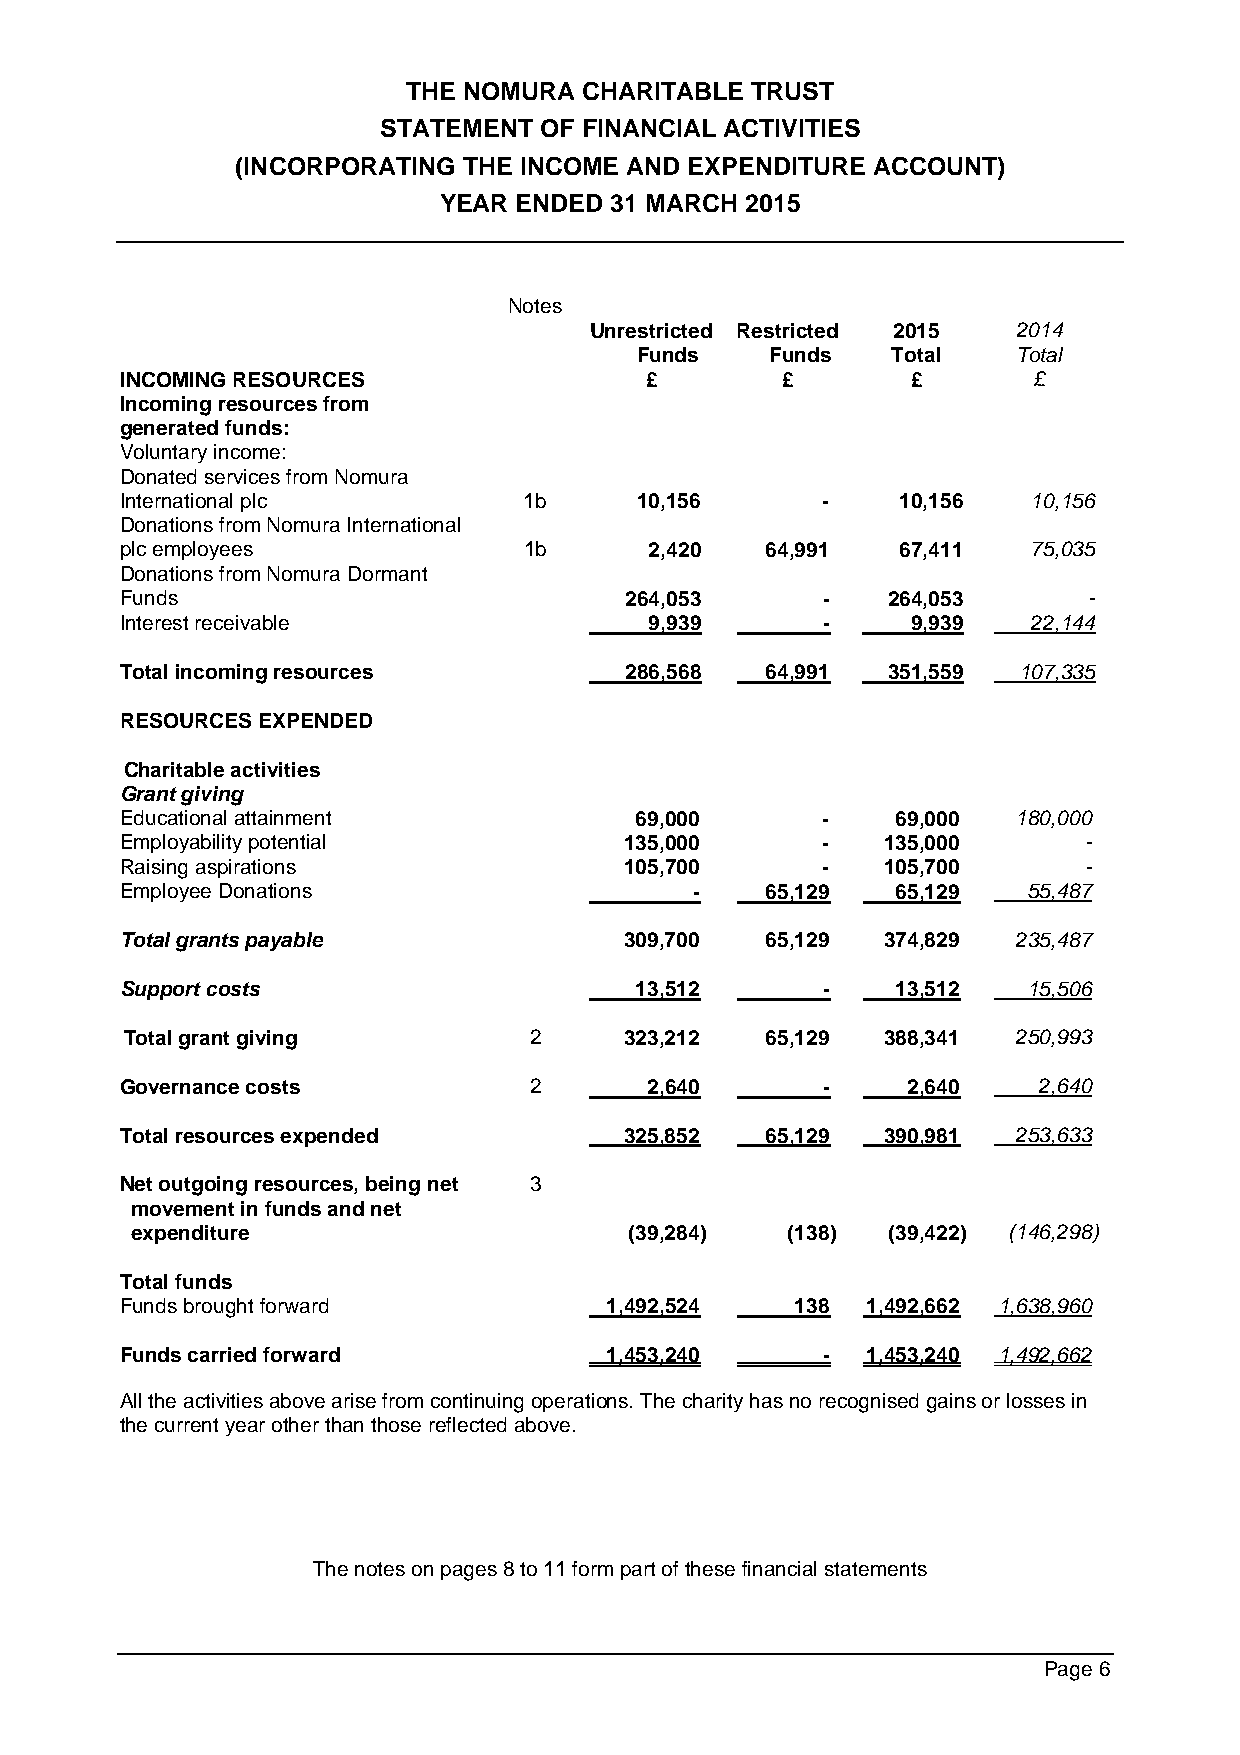
THE NOMURA  CHARITABLE TRUST
 STATEMENT  OF FINANCIAL ACTIVITIES
 (INCORPORATING THE INCOME AND EXPENDITURE ACCOUNT)
 YEAR ENDED 31 MARCH 2015
 Notes
 Unrestricted Restricted 2015 2014
 Funds    Funds   Total   Total
 INCOMING RESOURCES                 £        £       £       £
 Incoming resources from
 generated funds:
 Voluntary income:
 Donated services from Nomura
 International plc          1b     10,156      -     10,156  10,156
 Donations from Nomura International
 plc employees              1b      2,420   64,991   67,411  75,035
 Donations from Nomura Dormant
 Funds                            264,053      -    264,053      -
 Interest receivable                9,939      -     9,939   22,144
 Total incoming resources         286,568   64,991  351,559 107,335
 RESOURCES EXPENDED
 Charitable activities
 Grant giving
 Educational attainment            69,000      -    69,000  180,000
 Employability potential          135,000      -    135,000      -
 Raising aspirations              105,700      -    105,700      -
 Employee Donations                    -    65,129  65,129   55,487
 Total grants payable             309,700   65,129  374,829 235,487
 Support costs                     13,512      -    13,512   15,506
 Total grant giving         2     323,212   65,129  388,341 250,993
 Governance costs           2       2,640      -     2,640    2,640
 Total resources expended         325,852   65,129  390,981 253,633
 Net outgoing resources, being net 3
 movement in funds and net
 expenditure                      (39,284)  (138)  (39,422) (146,298)
 Total funds
 Funds brought forward           1,492,524    138 1,492,662 1,638,960
 Funds carried forward           1,453,240     -  1,453,240 1,492,662
 All the activities above arise from continuing operations. The charity has no recognised gains or losses in
 the current year other than those reflected above.
 The notes on pages 8 to 11 form part of these financial statements
 Page 6